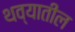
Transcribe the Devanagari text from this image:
थव्यातील